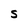
Character: s